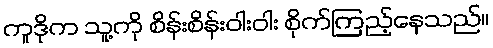
ကူဒိုက သူ့ကို စိန်းစိန်းဝါးဝါး စိုက်ကြည့်နေသည်။